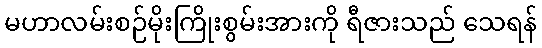
မဟာလမ်းစဉ်မိုးကြိုးစွမ်းအားကို ရီဇားသည် သေရန်